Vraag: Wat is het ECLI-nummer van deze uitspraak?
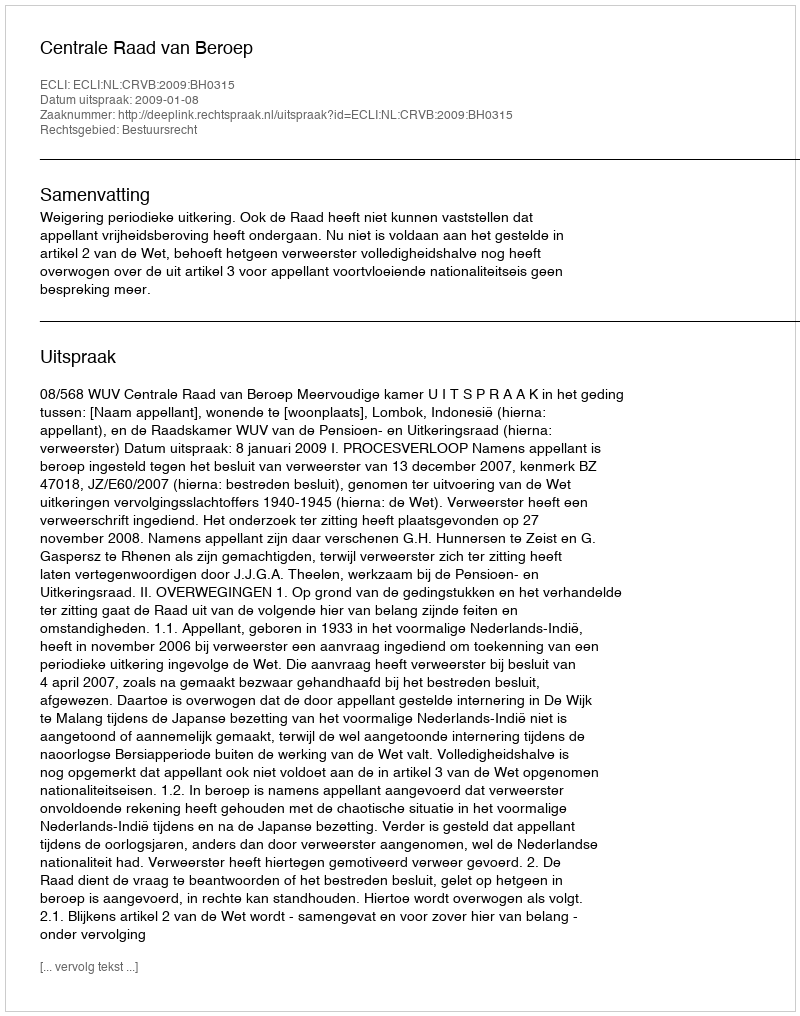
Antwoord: ECLI:NL:CRVB:2009:BH0315